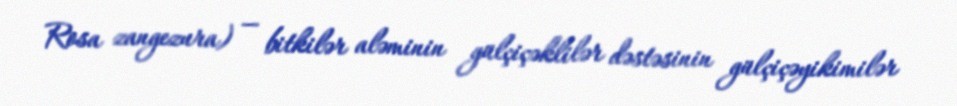
Rosa zangezura) — bitkilər aləminin gülçiçəklilər dəstəsinin gülçiçəyikimilər